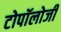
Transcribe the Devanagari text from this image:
टोपॉलोजी